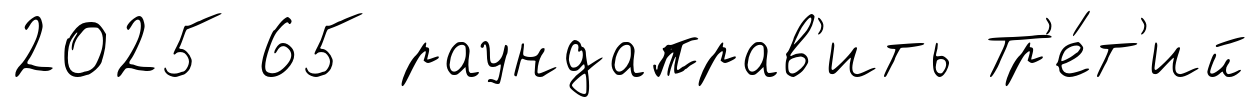
2025 65 раундаправ'ить Тр'е́т'ий